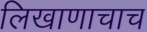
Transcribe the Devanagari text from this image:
लिखाणाचाच